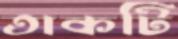
তাকটি